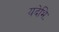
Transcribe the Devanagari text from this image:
यदेभिः